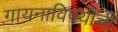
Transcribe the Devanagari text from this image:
गायनाविषयीची